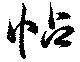
帖